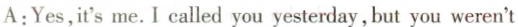
A:Yes,it'sme. I called you yesterday,but you weren't